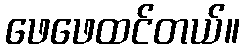
ဖေဖေထင်တယ်။